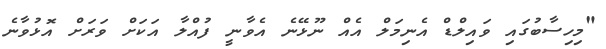
"މިހިސާބުގައި ވައިލްޑް އެނިމަލް އެއް ނޫޅޭނެ އެވާނީ ފުއްލާ އަކަށް ވަރަށް އޮޅުވާނެ